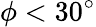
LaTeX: \phi<30^{\circ}